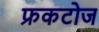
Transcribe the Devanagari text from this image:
फ्रकटोज